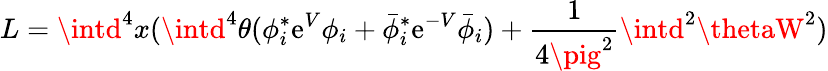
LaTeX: L=\intd^{4}x(\intd^{4}\theta(\phi_{i}^{*}\mathrm{e}^{V}\phi_{i}+\bar{{\phi}}_{i}^{*}\mathrm{e}^{-V}\bar{{\phi}}_{i})+{\frac{{1}}{{4\pig^{2}}}}\intd^{2}\thetaW^{2})